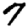
Digit: 7